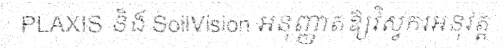
PLAXIS និង SoilVision អនុញ្ញាតឱ្យវិស្វករអនុវត្ត